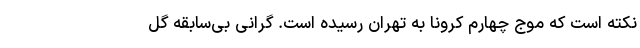
نکته است که موج چهارم کرونا به تهران رسیده است. گرانی بی‌سابقه گل